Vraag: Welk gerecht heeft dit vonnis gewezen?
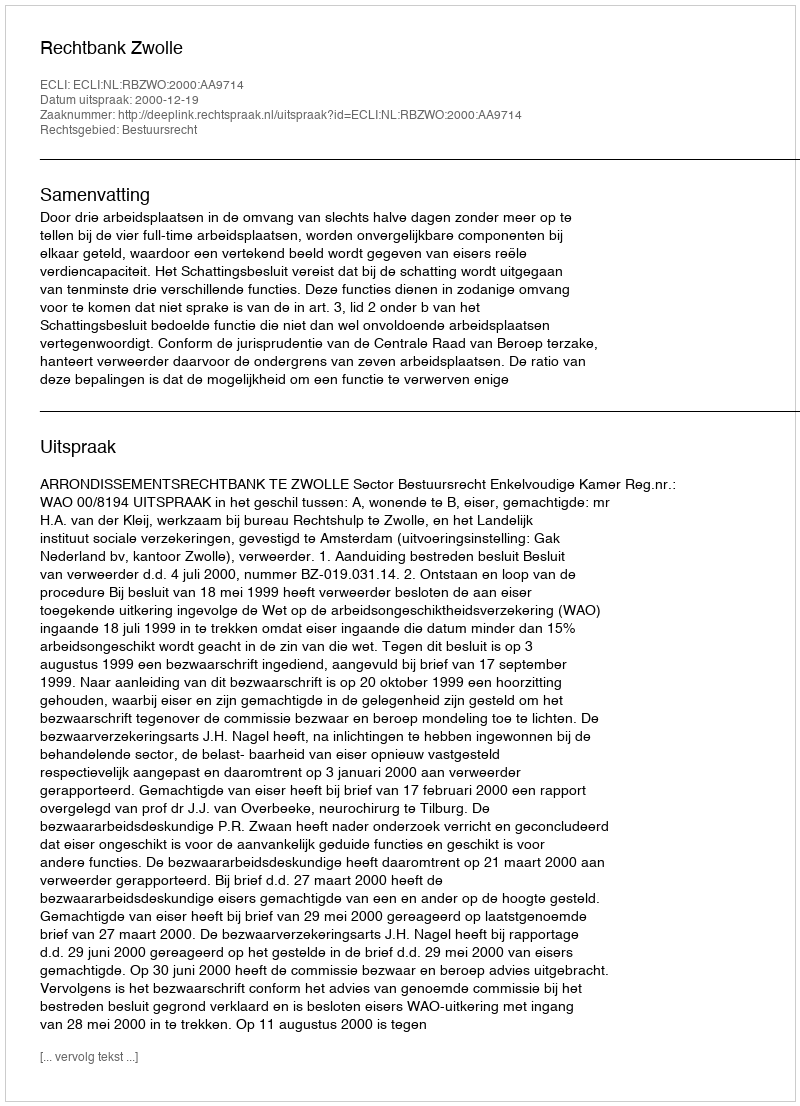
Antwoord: Rechtbank Zwolle